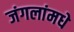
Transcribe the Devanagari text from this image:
जंगलांमधे